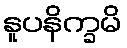
နူပနိက္ခမိ